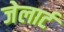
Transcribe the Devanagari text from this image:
जेलार्ट